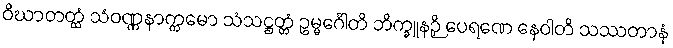
ဝိဃာတတ္ထံ သံဝဏ္ဏနာက္ကမော သံသဋ္ဌတ္တံ ဥမ္မင်္ဂေါတိ ဘိက္ခူနဉှိ ပေရဏေ နေဝါတိ သဿတာနံ